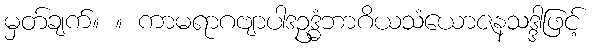
မှတ်ချက်။ ။ ကာမရာဂဗျာပါဒဥဒ္ဓံဘာဂိယသံယောဇနသဒ္ဒါဖြင့်